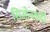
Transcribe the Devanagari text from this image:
सिओनवादी